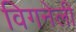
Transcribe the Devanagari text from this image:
विगनेली